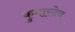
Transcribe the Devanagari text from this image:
कुमारदेव